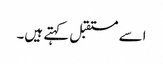
اسے مستقبل کہتے ہیں۔